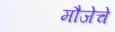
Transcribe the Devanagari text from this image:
मौजेचे